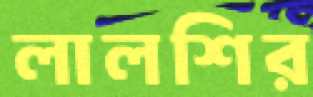
লালশির